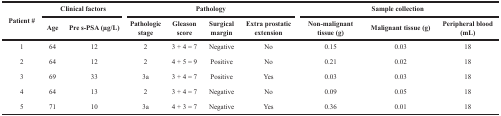
<table><thead><tr><td rowspan="2"><b>Patient #</b></td><td colspan="2"><b>Clinical factors</b></td><td colspan="4"><b>Pathology</b></td><td colspan="3"><b>Sample collection</b></td></tr><tr><td><b>Age</b></td><td><b>Pre s-PSA (μg/L)</b></td><td><b>Pathologic stage</b></td><td><b>Gleason score</b></td><td><b>Surgical margin</b></td><td><b>Extra prostatic extension</b></td><td><b>Non-malignant tissue (g)</b></td><td><b>Malignant tissue (g)</b></td><td><b>Peripheral blood (mL)</b></td></tr></thead><tbody><tr><td>1</td><td>64</td><td>12</td><td>2</td><td>3 + 4 = 7</td><td>Negative</td><td>No</td><td>0.15</td><td>0.03</td><td>18</td></tr><tr><td>2</td><td>64</td><td>12</td><td>2</td><td>4 + 5 = 9</td><td>Positive</td><td>No</td><td>0.21</td><td>0.02</td><td>18</td></tr><tr><td>3</td><td>69</td><td>33</td><td>3a</td><td>3 + 4 = 7</td><td>Positive</td><td>Yes</td><td>0.03</td><td>0.03</td><td>18</td></tr><tr><td>4</td><td>64</td><td>13</td><td>2</td><td>3 + 4 = 7</td><td>Negative</td><td>No</td><td>0.09</td><td>0.05</td><td>18</td></tr><tr><td>5</td><td>71</td><td>10</td><td>3a</td><td>4 + 3 = 7</td><td>Negative</td><td>Yes</td><td>0.36</td><td>0.01</td><td>18</td></tr></tbody></table>